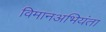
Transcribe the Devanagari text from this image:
विमानअभियंता